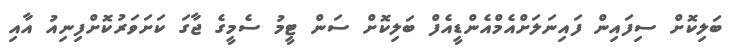
ބަލިކޮށް ސިފައިން ފައިނަލަށްއެމްއެންޑީއެފް ބަލިކޮށް ސަން ޓީމު ސެމީގެ ޖާގަ ކަށަވަރުކޮށްފިނިއު އާއި